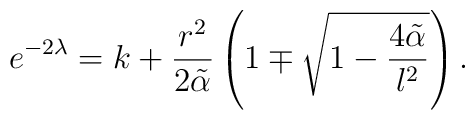
e^{-2\lambda}= k+\frac{r^2}{2\tilde\alpha}\left(1 \mp \sqrt{1-   \frac{4\tilde\alpha}{l^2}}\right).